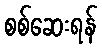
စစ်ဆေးရန်